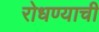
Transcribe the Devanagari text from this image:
रोधण्याची